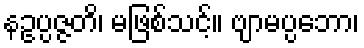
နဥပ္ပဇ္ဇတိ၊ မဖြစ်သင့်။ ဗျာမပ္ပဘော၊